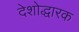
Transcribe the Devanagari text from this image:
देशोद्धारक